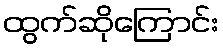
ထွက်ဆိုကြောင်း